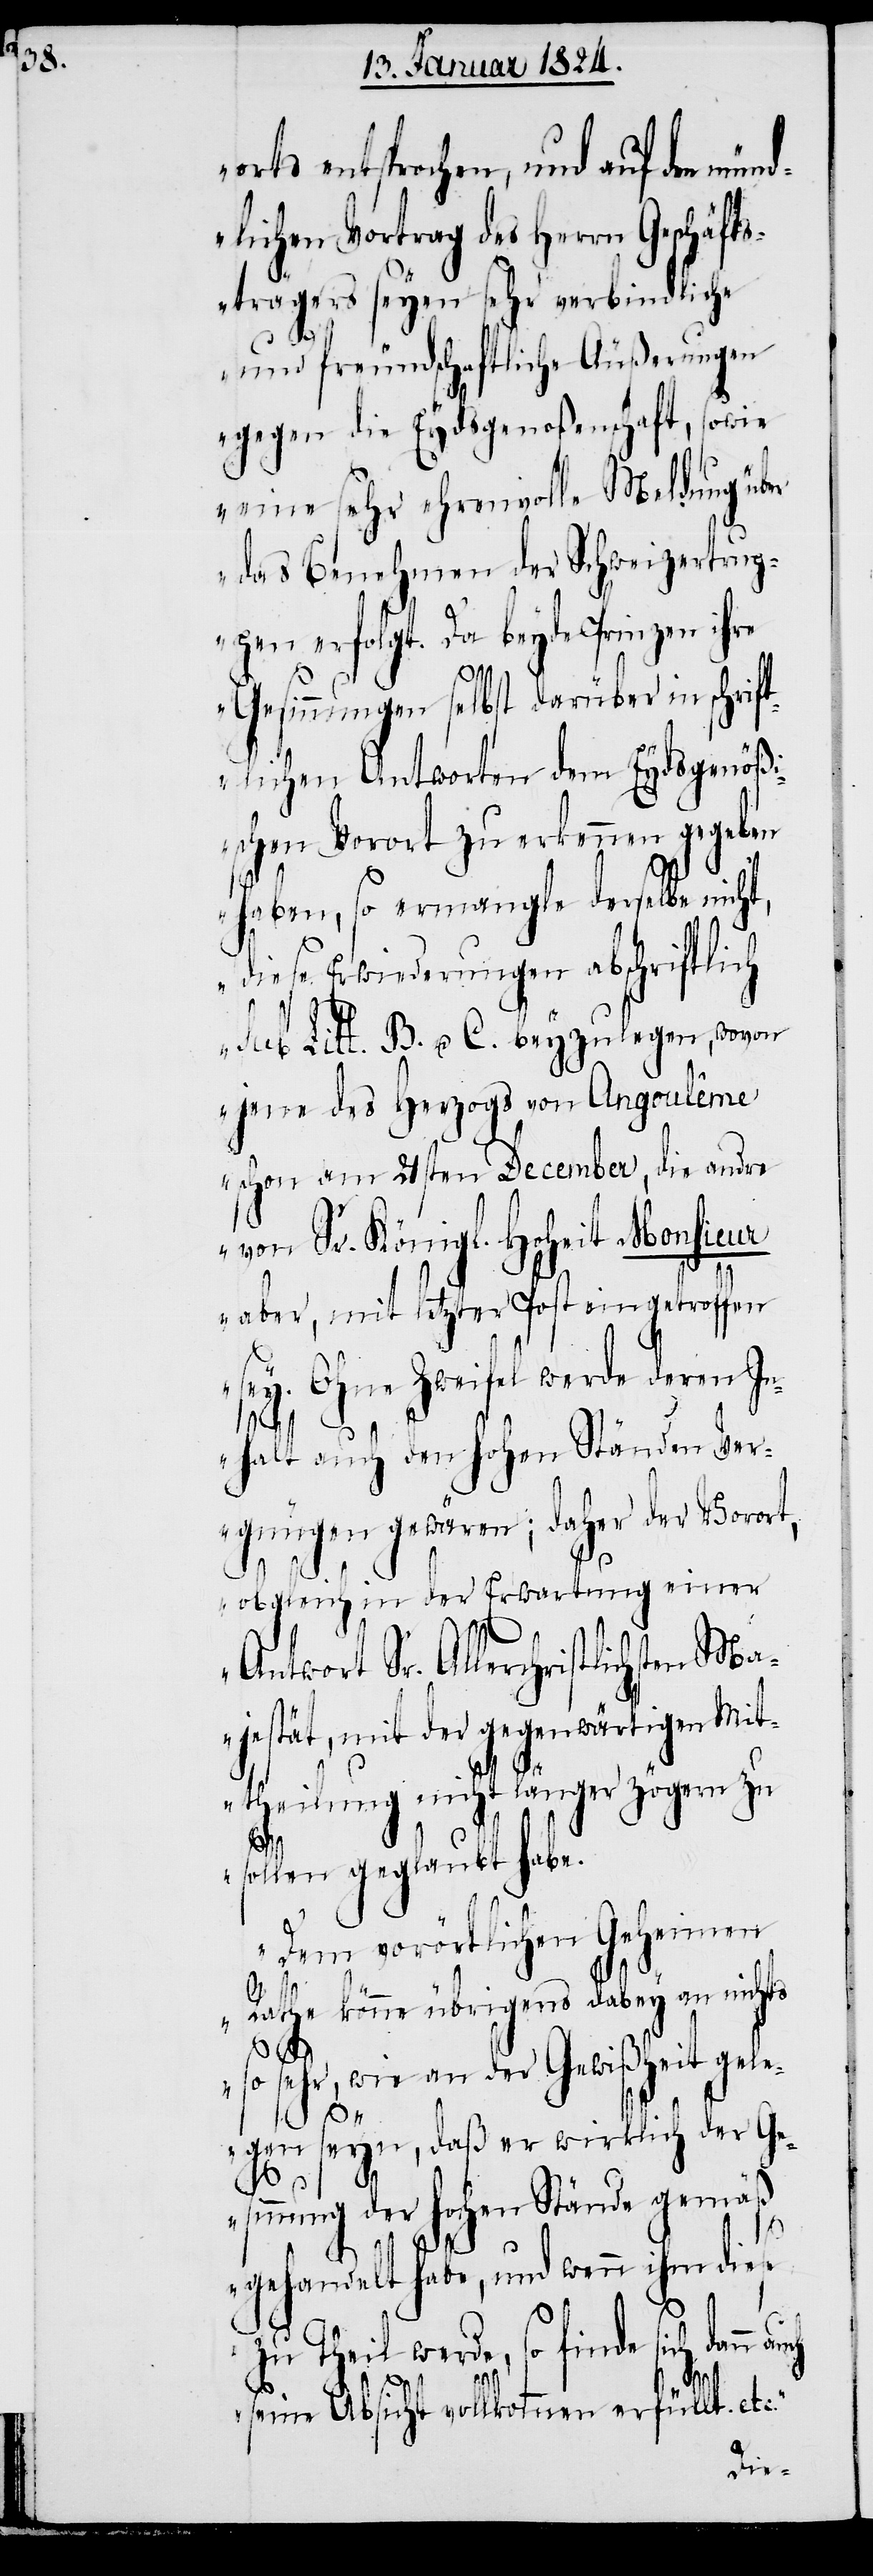
orts entsprochen, und auf den mün¬
dlichen Vortrag des Herrn Geschäft¬
strägers seyen sehr verbindliche
und freundschaftliche Äußerungen
gegen die Eydsgenoßenschaft, sowie
eine sehr ehrenvolle Meldung über
das Benehmen der Schweizertrup¬
pen erfolgt. Da beyde Prinzen ihre
Gesinnung selbst darüber in schrift¬
lichen Antworten dem Eydsgenöß¬
ischen Vorort zu erkennen gegeben
haben, so ermangle derselbe nich¬
diese Erwiederungen abschriftlich
sub. Litt. B. u. C. beyzulegen, wovon
jene des Herzogs von Angoulême
schon am 21sten December, die andre
von Sr. Königl. Hoheit Monsieur
aber, mit letzter Post angetroffen
sey. Ohne Zweifel werde deren In¬
halt auch den hohen Ständen Ver¬
gnügen gewären; daher der Vorort,
obgleich in der Erwartung einer
Antwort Sr. Allerchristlichsten Ma¬
jestät, mit der gegenwärtigen Mit¬
theilung nicht länger zögern zu
sollen geglaubt habe.
Dem vorörtlichen Geheimen
Rathe könne übrigens dabey an nichts
t,
so sehr, wie an der Gewißheit gele¬
gen seyn, daß er wirklich der Ge¬
sinnung der hohen Stände gemäß
gehandelt habe, und wenn ihm diese
zu Theil werde, so finde sich dann
seine Absicht vollkommen erfült. etc.“